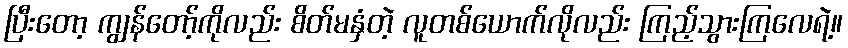
ပြီးတော့ ကျွန်တော့်ကိုလည်း စိတ်မနှံတဲ့ လူတစ်ယောက်လိုလည်း ကြည့်သွားကြလေရဲ့။